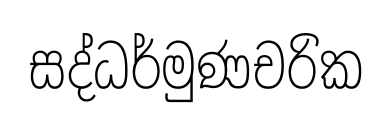
සද්ධර්මුණචරික